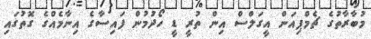
މުބާރާތުގެ ޗެމްޕިއަން އީގަލްސް އިން ތުރީ ޑީ ހޯދުުމުން ފައިސާގެ އިނާމެއްގެ ގޮތުގައި